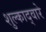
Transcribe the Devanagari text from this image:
शुल्काद्वारे